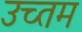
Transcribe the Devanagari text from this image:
उच्तम